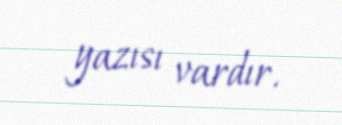
yazısı vardır.